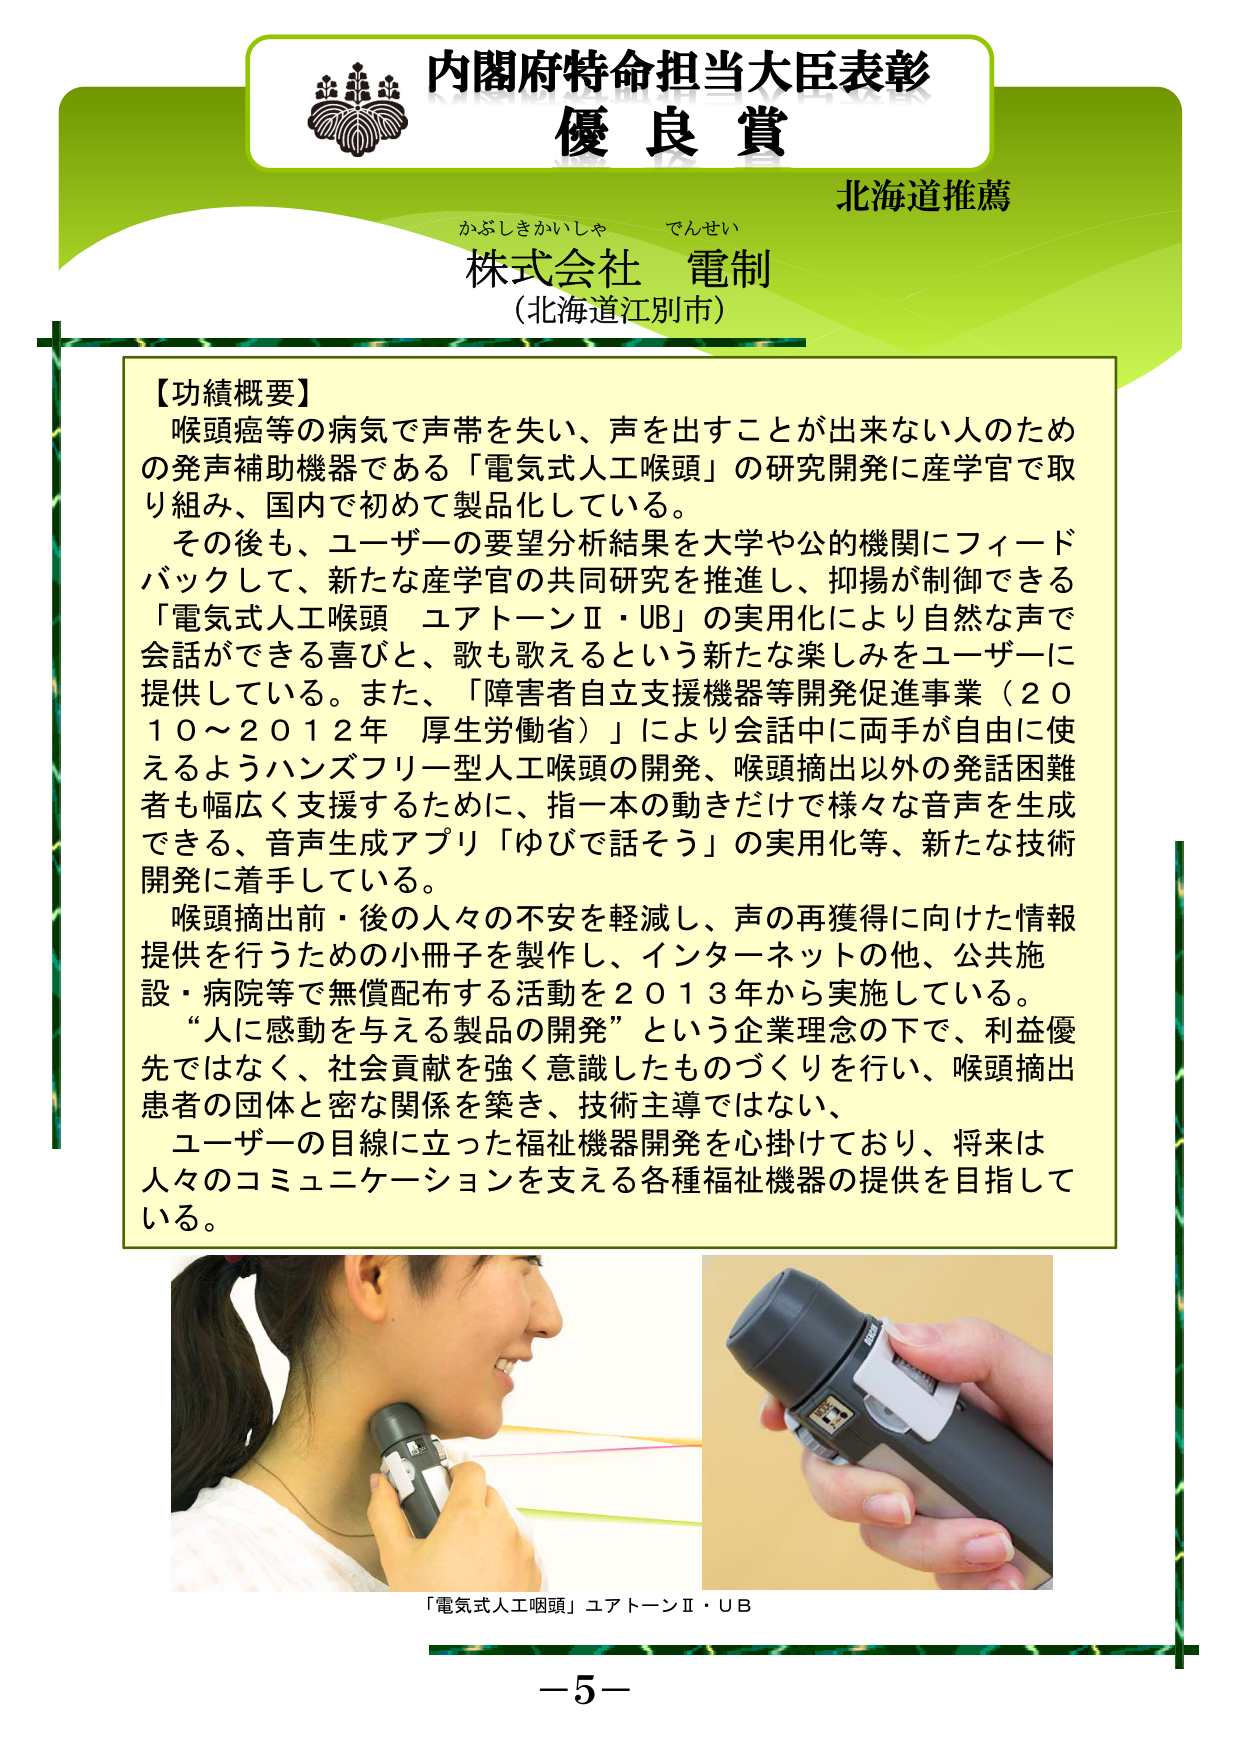
内閣府特命担当大臣表彰
優良賞
北海道推薦
かぶしきかいしゃ でんせい
株式会社 電制
（北海道江別市）

【功績概要】
喉頭癌等の病気で声帯を失い、声を出すことが出来ない人のため
の発声補助機器である「電気式人工喉頭」の研究開発に産学官で取
り組み、国内で初めて製品化している。
その後も、ユーザーの要望分析結果を大学や公的機関にフィード
バックして、新たな産学官の共同研究を推進し、抑揚が制御できる
「電気式人工喉頭 ユアトーンⅡ・UB」の実用化により自然な声で
会話ができる喜びと、歌も歌えるという新たな楽しみをユーザーに
提供している。また、「障害者自立支援機器等開発促進事業（２０
１０～２０１２年 厚生労働省）」により会話中に両手が自由に使
えるようハンズフリー型人工喉頭の開発、喉頭摘出以外の発話困難
者も幅広く支援するために、指一本の動きだけで様々な音声を生成
できる、音声生成アプリ「ゆびで話そう」の実用化等、新たな技術
開発に着手している。
喉頭摘出前・後の人々の不安を軽減し、声の再獲得に向けた情報
提供を行うための小冊子を製作し、インターネットの他、公共施
設・病院等で無償配布する活動を２０１３年から実施している。
“人に感動を与える製品の開発”という企業理念の下で、利益優
先ではなく、社会貢献を強く意識したものをづくりを行い、喉頭摘出
患者の団体と密な関係を築き、技術主導ではない、
ユーザーの目線に立った福祉機器開発を心掛けており、将来は
人々のコミュニケーションを支える各種福祉機器の提供を目指して
いる。

「電気式人工咽頭」ユアトーンⅡ・ＵＢ
－５－